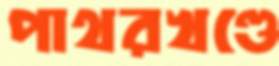
পাথরখণ্ডে